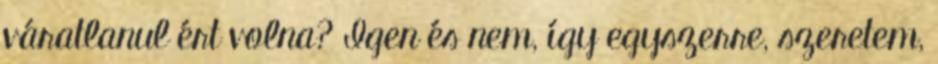
váratlanul ért volna? Igen és nem, így egyszerre, szeretem,